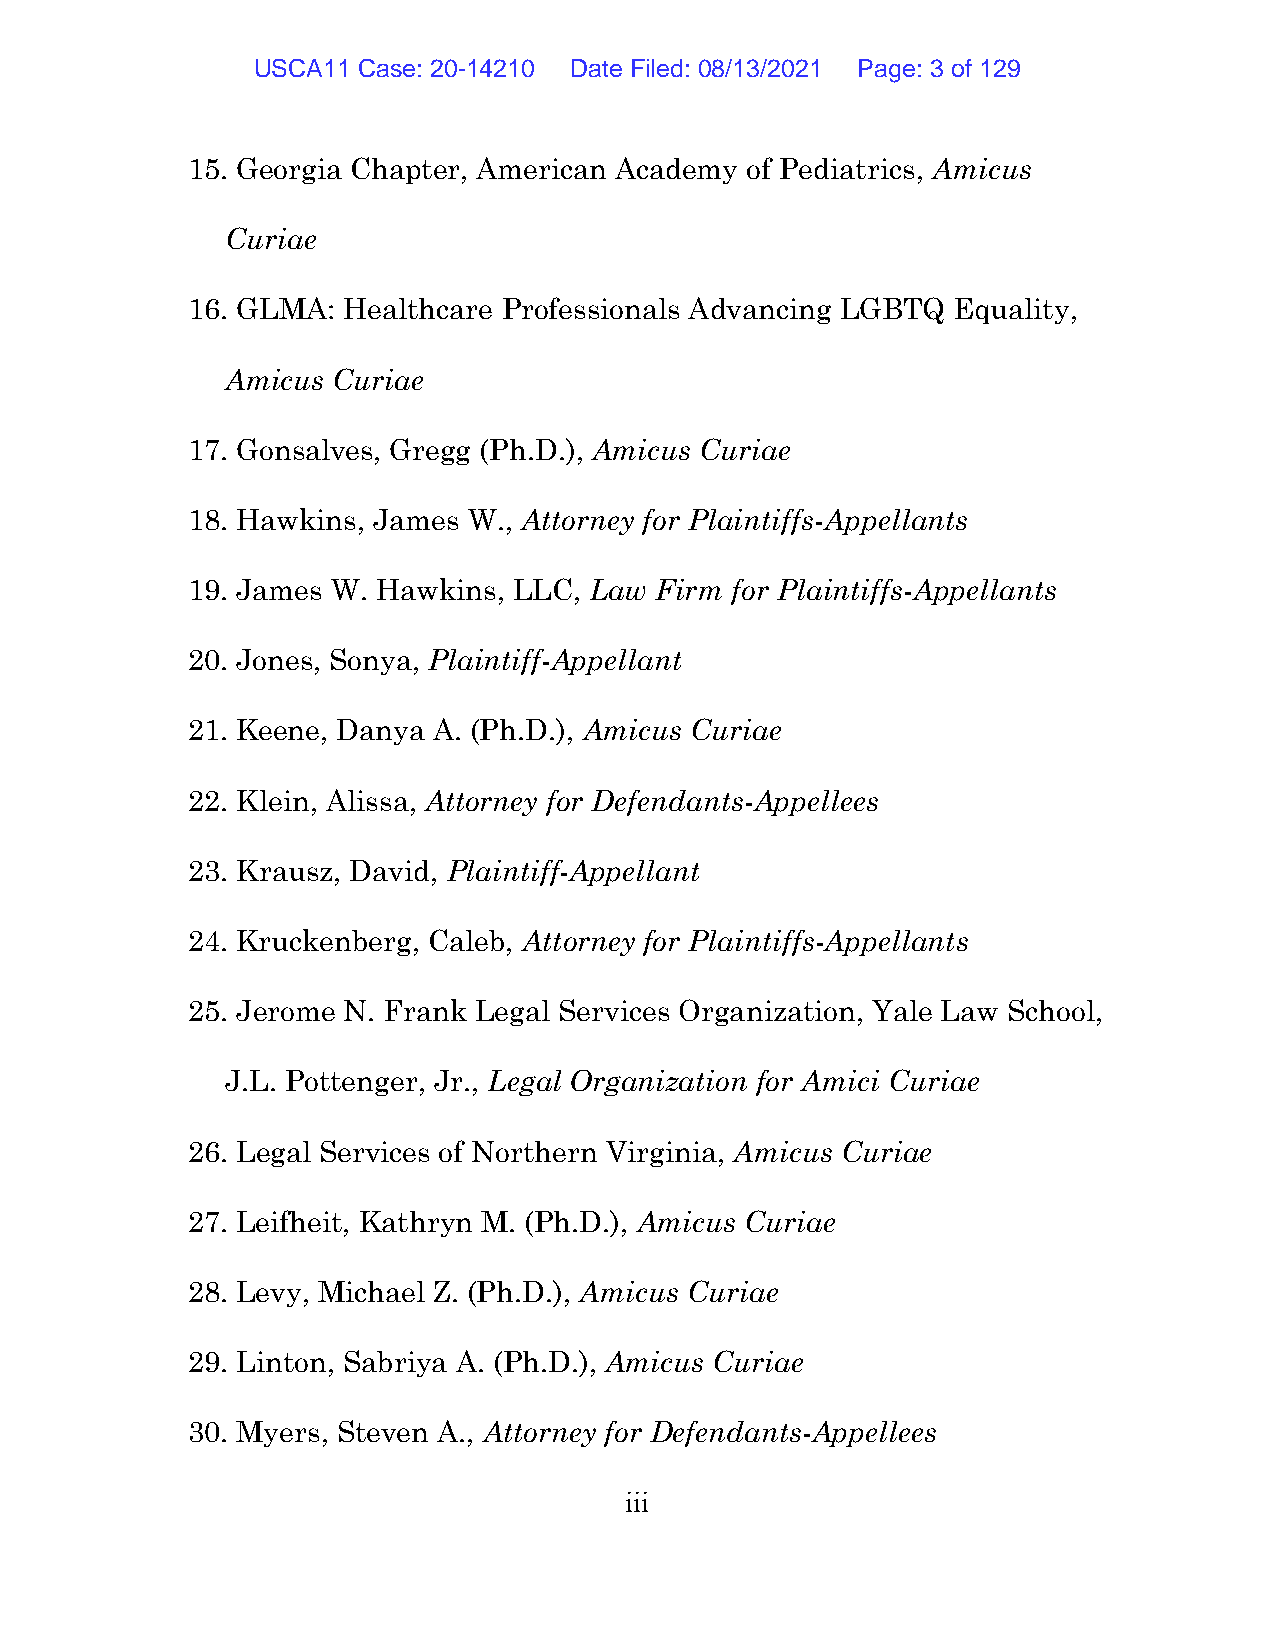
USCA11 Case: 20-14210 Date Filed: 08/13/2021 Page: 3 of 129
 15. Georgia Chapter, American Academy of Pediatrics, Amicus
 Curiae
 16. GLMA:  Healthcare Professionals Advancing LGBTQ Equality,
 Amicus Curiae
 17. Gonsalves, Gregg (Ph.D.), Amicus Curiae
 18. Hawkins, James W., Attorney for Plaintiffs-Appellants
 19. James W. Hawkins, LLC, Law Firm for Plaintiffs-Appellants
 20. Jones, Sonya, Plaintiff-Appellant
 21. Keene, Danya A. (Ph.D.), Amicus Curiae
 22. Klein, Alissa, Attorney for Defendants-Appellees
 23. Krausz, David, Plaintiff-Appellant
 24. Kruckenberg, Caleb, Attorney for Plaintiffs-Appellants
 25. Jerome N. Frank Legal Services Organization, Yale Law School,
 J.L. Pottenger, Jr., Legal Organization for Amici Curiae
 26. Legal Services of Northern Virginia, Amicus Curiae
 27. Leifheit, Kathryn M. (Ph.D.), Amicus Curiae
 28. Levy, Michael Z. (Ph.D.), Amicus Curiae
 29. Linton, Sabriya A. (Ph.D.), Amicus Curiae
 30. Myers, Steven A., Attorney for Defendants-Appellees
 iii